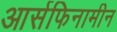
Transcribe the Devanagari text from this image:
आर्सफिनामीन